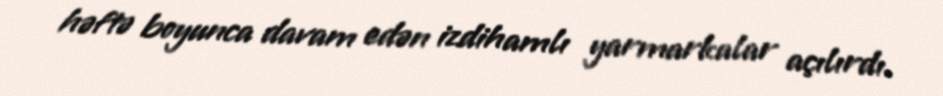
həftə boyunca davam edən izdihamlı yarmarkalar açılırdı.